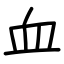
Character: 血